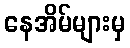
နေအိမ်များမှ